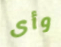
وأى